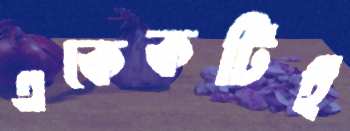
একেকটিই